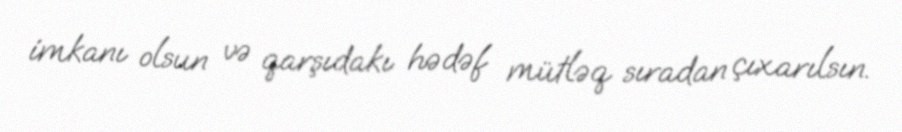
imkanı olsun və qarşıdakı hədəf mütləq sıradan çıxarılsın.